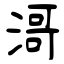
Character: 滒